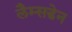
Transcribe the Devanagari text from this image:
लैम्सडेन